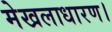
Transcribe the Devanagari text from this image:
मेखलाधारण।